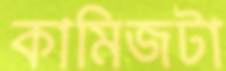
কামিজটা